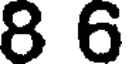
8 6